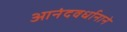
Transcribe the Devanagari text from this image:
आनंदवर्धानाने